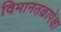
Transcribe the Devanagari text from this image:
विमानतळापेक्षा